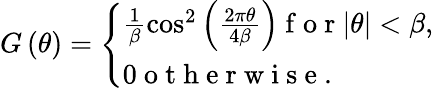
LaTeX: G\left(\theta\right)=\left\{ \begin{array}{ll}{\frac{1}{\beta}\cos^{2}\left({\frac{2\pi\theta}{4\beta}}\right)\mathrm{~f~o~r~}|\theta|<\beta,}\\ {0\mathrm{~o~t~h~e~r~w~i~s~e~.~}}\end{array}\right.